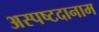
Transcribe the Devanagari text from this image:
अस्पष्टदानाम